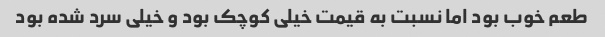
طعم خوب بود اما نسبت به قیمت خیلی کوچک بود و خیلی سرد شده بود